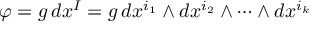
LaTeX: \left\langle { \bar { \psi } } ( k _ { 1 } ) { \bar { \psi } } ( k _ { 2 } ) \cdots { \bar { \psi } } ( k _ { n } ) \psi ( k _ { 1 } ^ { \prime } ) \cdots \psi ( k _ { n } ) \right\rangle = \sum _ { \mathrm { p a i r i n g s } } ( - 1 ) ^ { S } \prod _ { \mathrm { p a i r s } \; i , j } \delta \left( k _ { i } - k _ { j } \right) { \frac { 1 } { \gamma \cdot k _ { i } - m } }